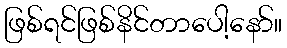
ဖြစ်ရင်ဖြစ်နိင်တာပေါ့နော်။